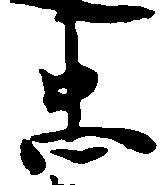
忠